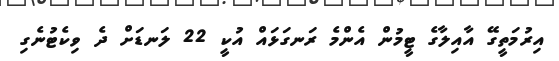
އިރުމަތީގޭ އާއިލާގެ ޓީމުން އެންމެ ރަނގަޅައް އުކީ 22 ލަނޑަށް ދެ ވިކެޓުނެގި